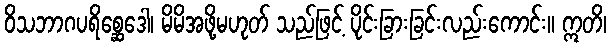
ဝိသဘာဂပရိစ္ဆေဒေါ၊ မိမိအဖို့မဟုတ် သည်ဖြင့် ပိုင်းခြားခြင်းလည်းကောင်း။ ဣတိ၊